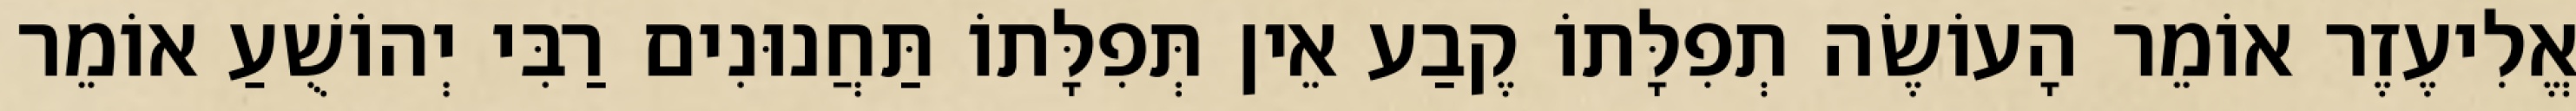
אֱלִיעֶזֶר אוֹמֵר הָעוֹשֶׂה תְפִלָּתוֹ קֶבַע אֵין תְּפִלָּתוֹ תַּחֲנוּנִים רַבִּי יְהוֹשֻׁעַ אוֹמֵר